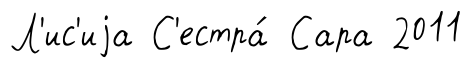
Л'ис'иjа С'естра́ Сара 2011